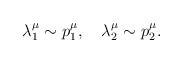
LaTeX: \begin{align*}\lambda _1^\mu \sim p_1^\mu ,\quad \lambda _2^\mu \sim p_2^\mu .\end{align*}